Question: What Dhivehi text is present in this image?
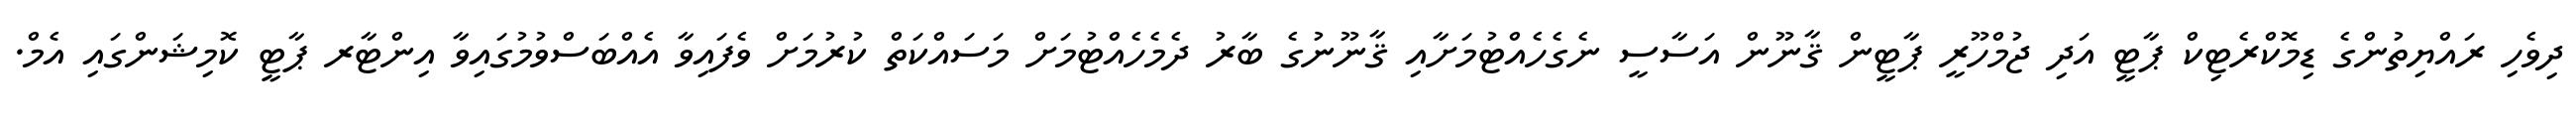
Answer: ދިވެހި ރައްޔިތުންގެ ޑިމޮކްރެޓިކް ޕާޓީ އަދި ޖުމްހޫރީ ޕާޓީން ޤާނޫން އަސާސީ ނެގެހެއްޓުމަށާއި ޤާނޫނުގެ ބާރު ދެމެހެއްޓުމަށް މަސައްކަތް ކުރުމަށް ވެފައިވާ އެއްބަސްވުމުގައިވާ އިންޓާރ ޕާޓީ ކޮމިޝަންގައި އެމް.